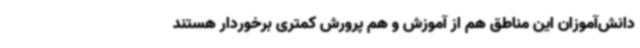
دانش‌آموزان این مناطق هم از آموزش و هم پرورش کمتری برخوردار هستند